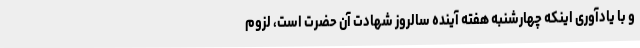
و با یادآوری اینکه چهارشنبه هفته آینده سالروز شهادت آن حضرت است، لزوم